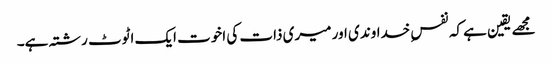
مجھے یقین ہے کہ نفسِ خداوندی اور میری ذات کی اخوت ایک اٹوٹ رشتہ ہے۔